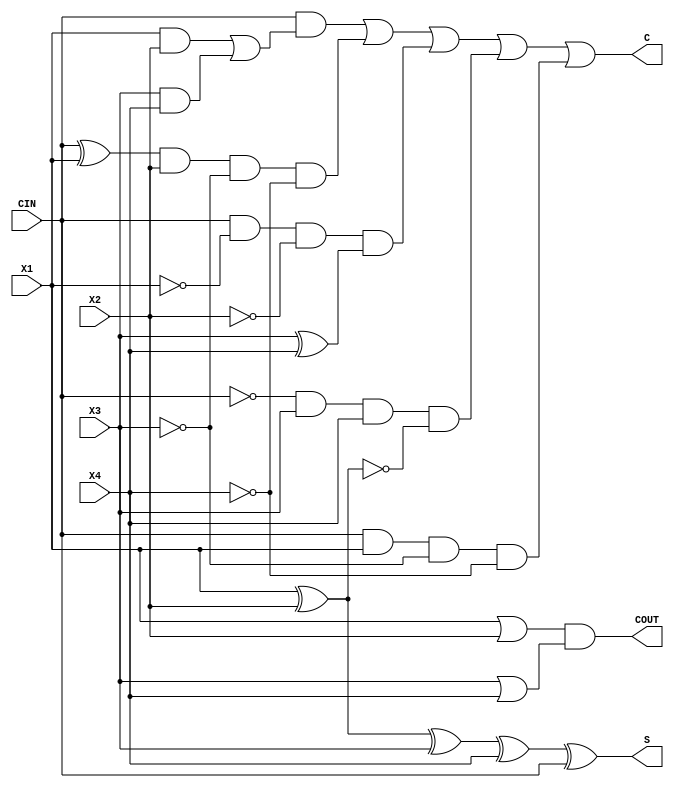
module ADD4_1(X1, X2, X3, X4, CIN, S, C, COUT);
input   X1;
input   X2;
input   X3;
input   X4;
input   CIN;
output  S;
output  C;
output  COUT;
xor g0(S, X1, X2, X3, X4, CIN);
and g1(w8, X1, X2);
and g2(w11, X3, X4);
or g3(w7, w8, w11);
and g4(w5, CIN, w7);
xor g5(w15, CIN, X1);
not g6(w19, X3);
not g7(w20, X4);
and g8(w14, w15, X2, w19, w20);
not g9(w23, X1);
not g10(w24, X2);
xor g11(w25, X3, X4);
and g12(w21, CIN, w23, w24, w25);
not g13(w29, CIN);
xnor g14(w32, X1, X2);
and g15(w28, w29, X3, X4, w32);
not g16(w38, X3);
not g17(w39, X4);
and g18(w35, CIN, X1, w38, w39);
or g19(C, w5, w14, w21, w28, w35);
or g20(w40, X1, X2);
or g21(w43, X3, X4);
and g22(COUT, w40, w43);
endmodule